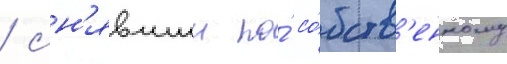
/ сн'явшии по́ со́бств'енному